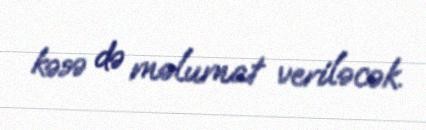
kəsə də məlumat veriləcək.